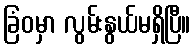
ခြံဝမှာ လွမ်းနွယ်မရှိပြီ။